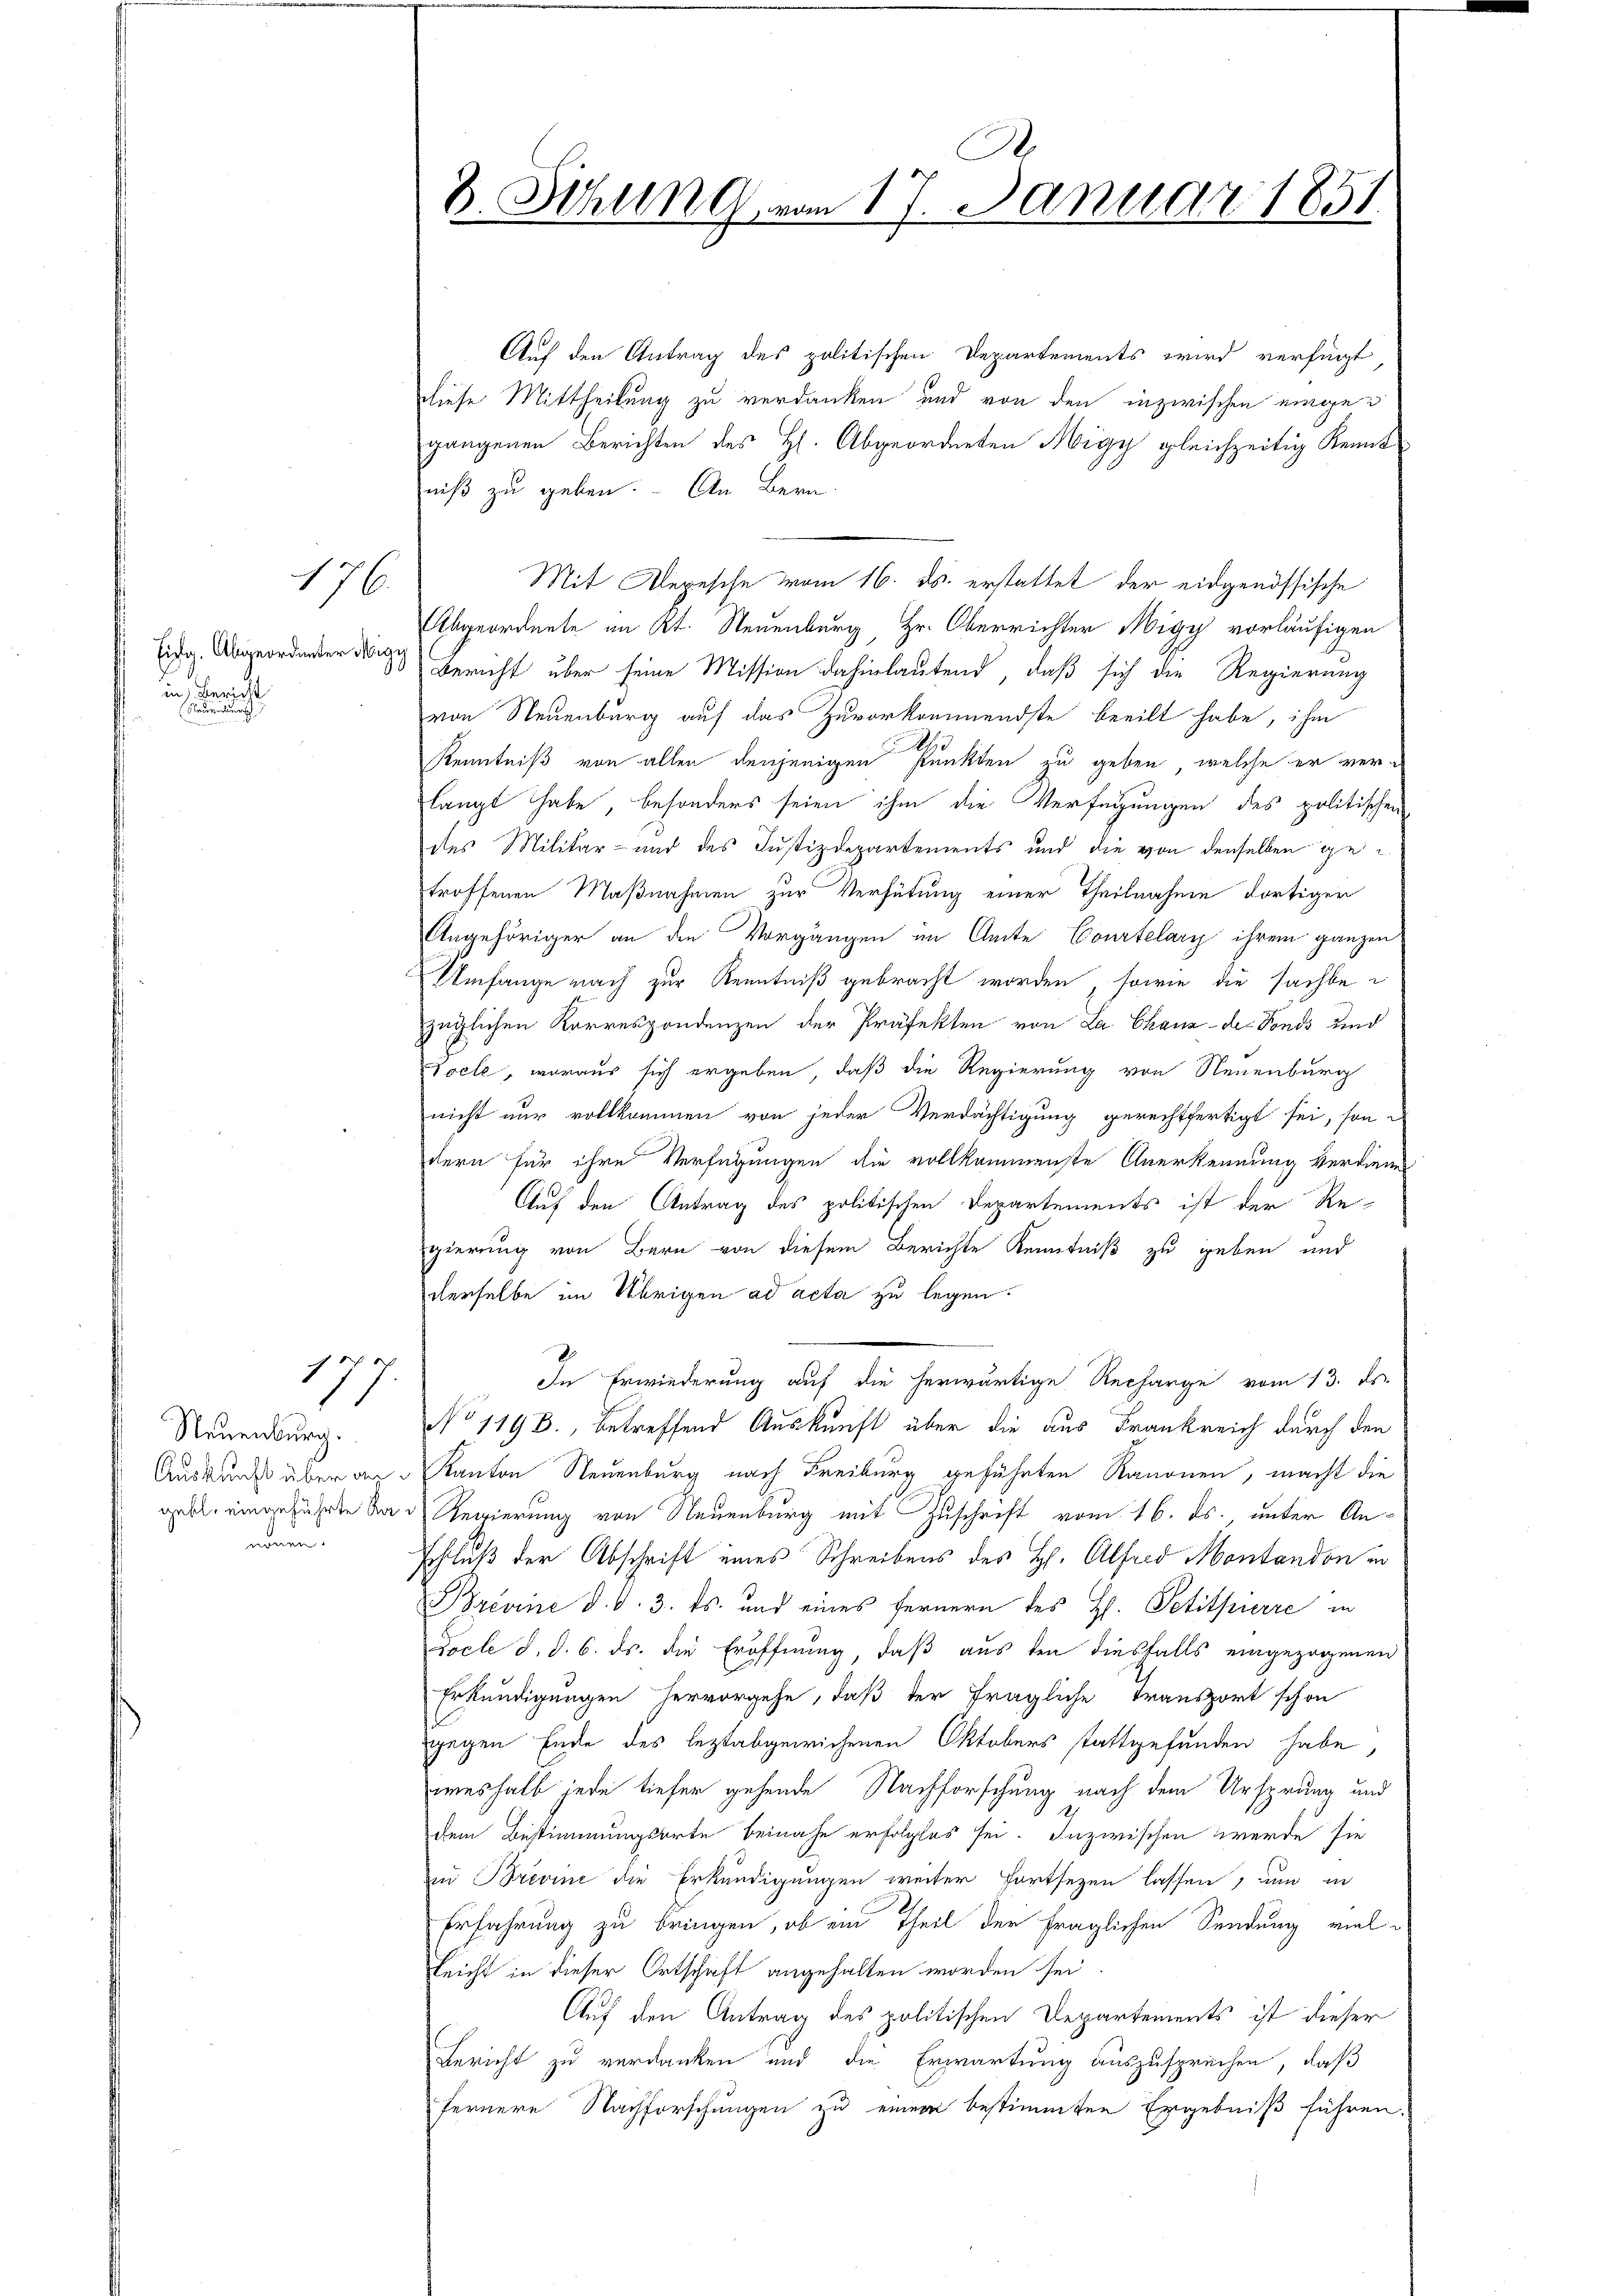
176.

Eica. Abgeordneter Mi
in Bericht

17

Neuenburg.
nönen.

Auf den Antrag des politischen Departements wird verfügt,
Diese Mittheilung zu verdanken und von den inzwischen eingegangenen Berichten des H. Abgeordneten Migy gleichzeitig Kenntniß zu geben. An Bern
Mit Depesche vom 16. ds. erstattet der eidgenössische
Abgeordnete an Kt. Neuenburg, Hr. Oberrichter Migy vorläufigen
Bericht über seine Mission dahinlautend, daß sich die Regierung
von Neuenburg auf das Zuvorkommendste beeilt habe, ihm
d
d
Kenntniß von allen denjenigen Punkten zu geben, welche er verlangt habe, besonders seien ihm die Verfügungen des politischen
des Militär- und des Justizdepartements und die von denselben getroffenen Maßnahmen zur Verhütung einer Theilnahme dortigen
Angehöriger an die Vorgängen im Amte Courtelary ihrem ganzen
Umfange nach zur Kenntniß gebracht worden, sowie die sachbe
züglichen Korrespondenzen der Präfekten von La Chaux-der Fonds und
Tocle, woraus sich ergeben, daß die Regierung von Neuenburg
nicht nur vollkommen von jeder Verdächtigung gerechtfertigt sei, son
dern für ihre Verfügungen die vollkommenste Anerkennung verdienen
Auf den Antrag des politischen Departements ist der Re-
gierung von Bern von diesem Berichte Kenntniß zu geben und
derselbe im Übrigen ad acta zu legen.
In Erwiederung auf die herwärtige Recharge vom 13. ds.
No 119 B., betreffend Auskunft über die aus Frankreich durch den
Auskundes über an Kanton Neuenburg nach Freiburg geführten Kanonen, macht die
geht eingeführte die Regierung von Neuenburg mit Zuschrift vom 16. ds., unter An¬
Schluß der Abschrift eines Schreibens des H. Alfred Montandon in
Brévine d. d. 3. ds. und eines Fernern des H. Petitpierre in
Docl d. d. 6. ds. die Eröffnung, daß aus den diesfalls eingezogenen
Erkundigungen hervorgehe, daß der fragliche Transport schon
gegen Ende des leztabgewichenen Oktobers stattgefunden habe,
weshalb jede tiefer gehende Nachforschung nach dem Ursprung und
dem Bestimmungsarte beinahe erfolglos sei. Inzwischen werde sie
zu Brevine die Erkundigungen weiter Fortsezen lassen, um in
Erfahrung zu bringen, ob ein Theil der fraglichen Sendung vielleicht in dieser Ortschaft angehalten worden sei.
Auf den Antrag des politischen Departements ist dieser
Bericht zu verdanken und die Erwartung auszusprechen, daß
fernere Nachforschungen zu einem bestimmten Ergebniß führen.

B. Sitzung vom 17. Januar 1851